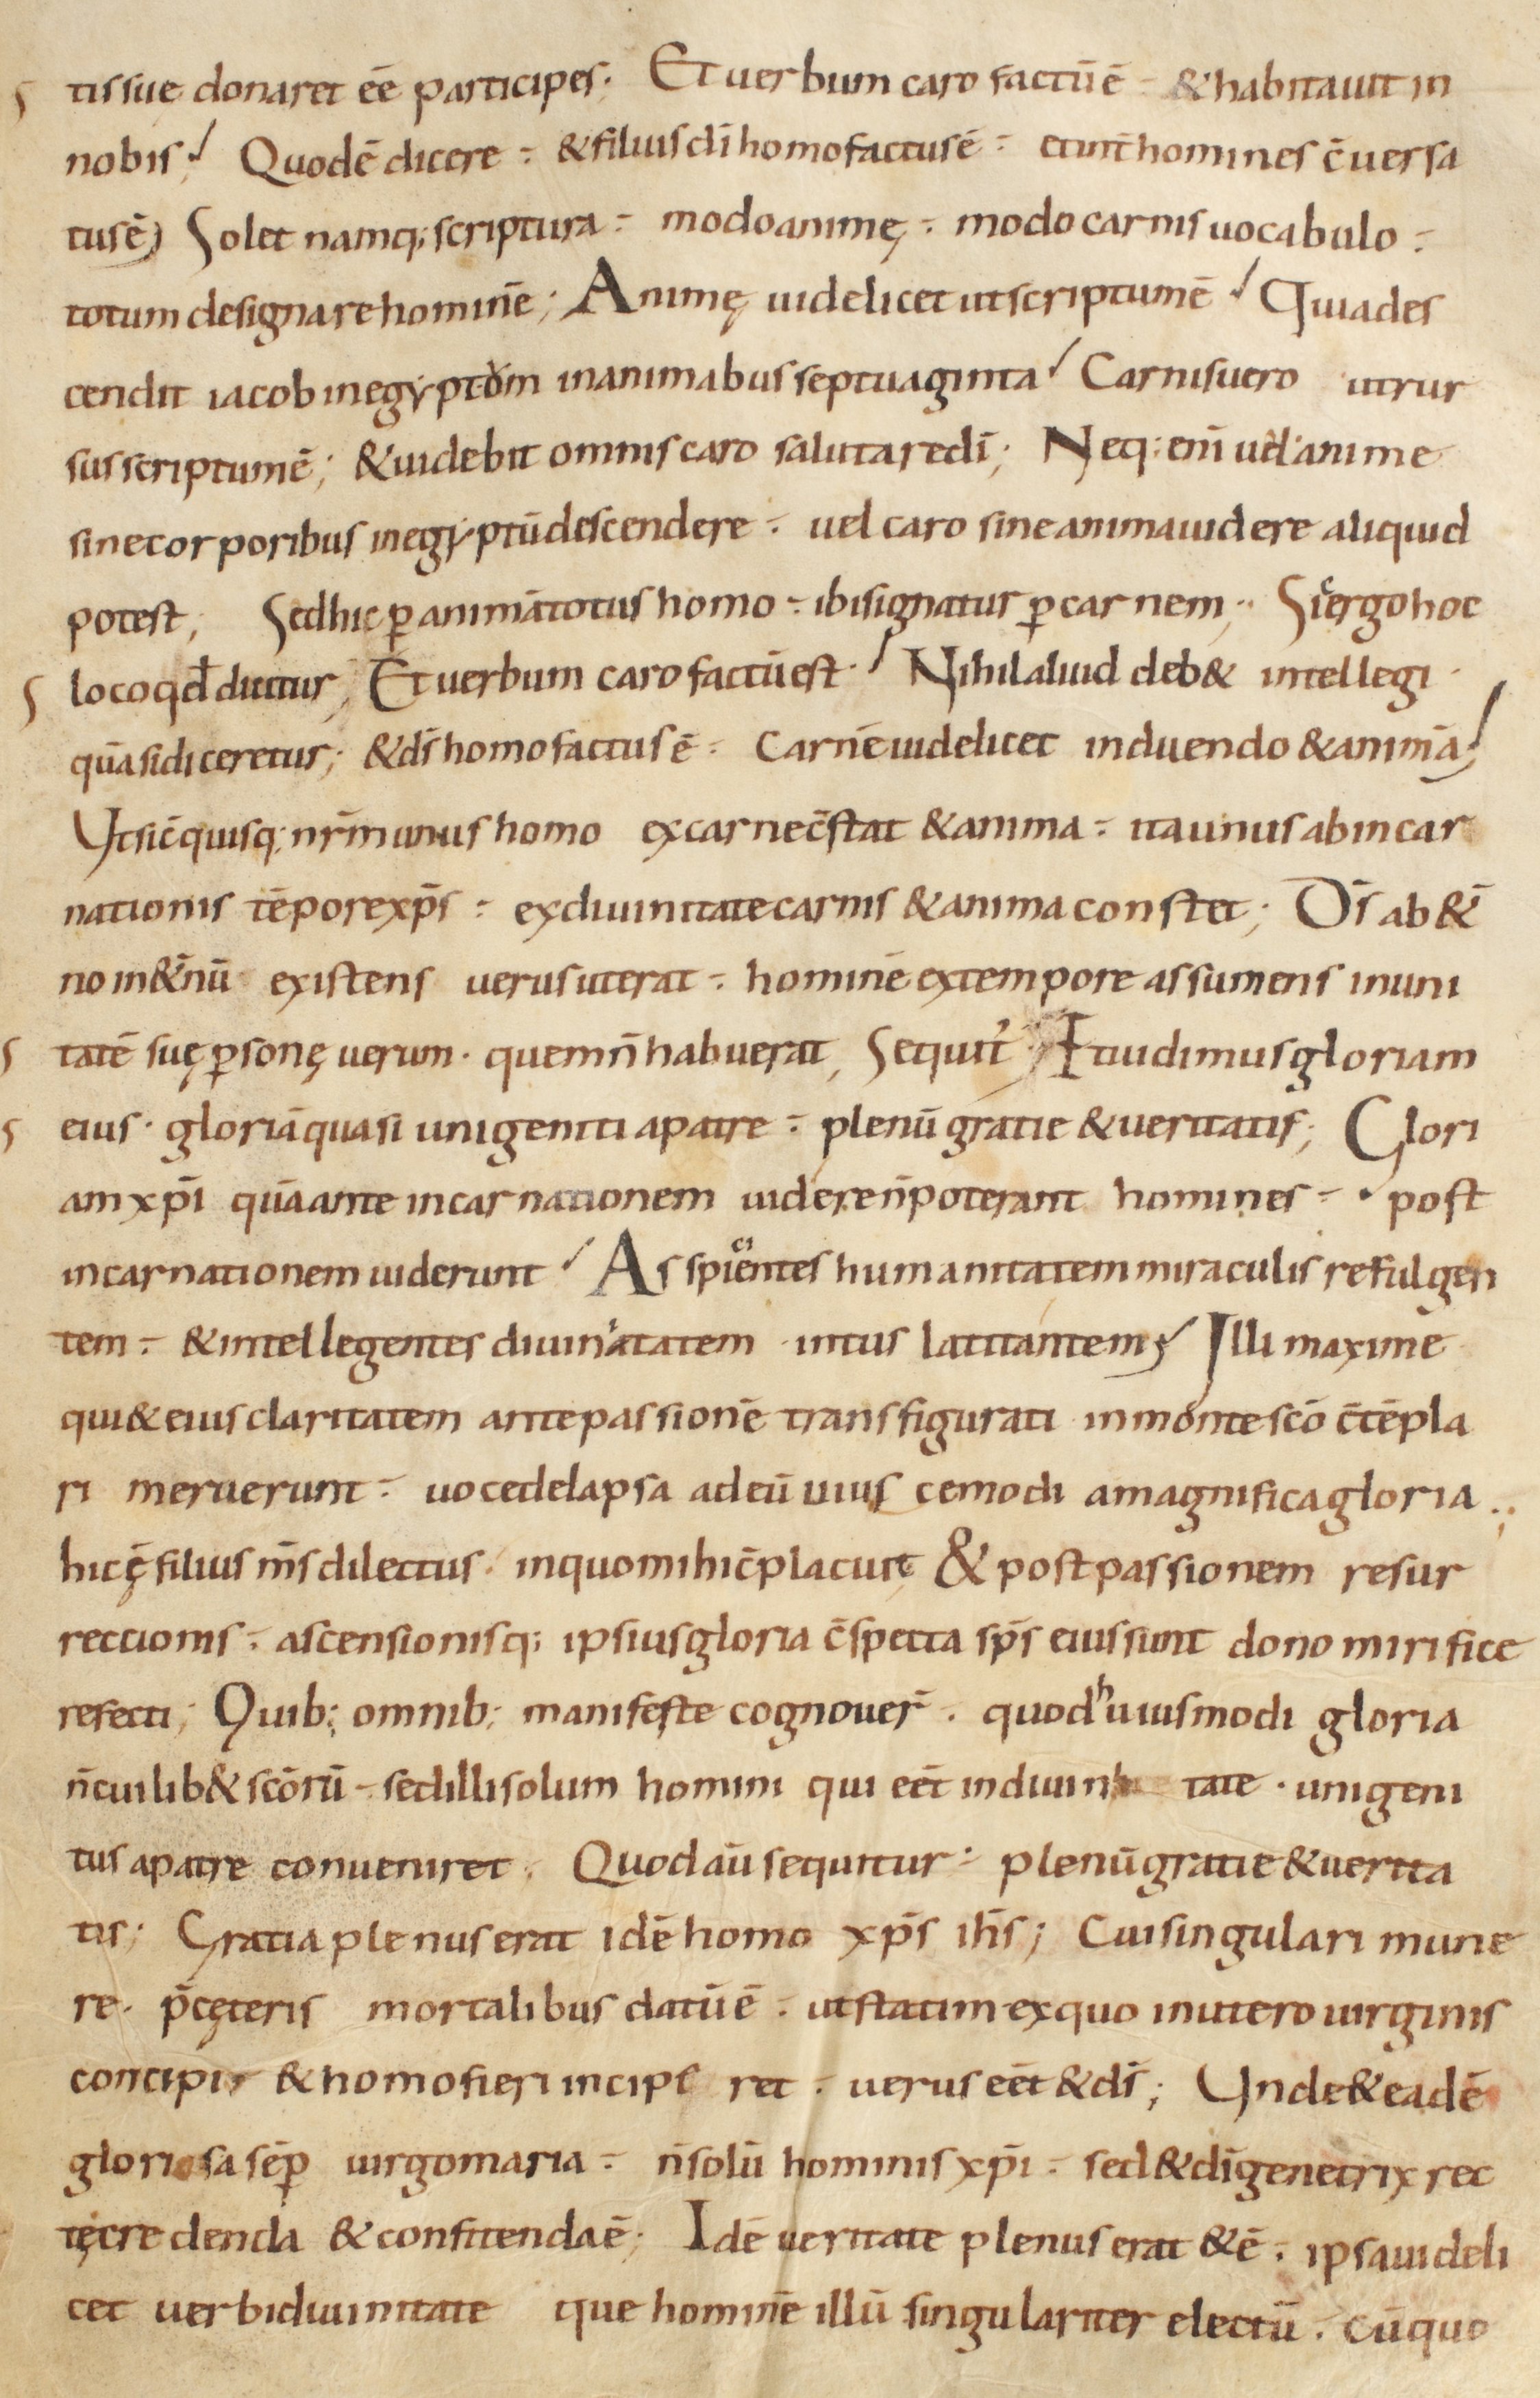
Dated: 800–999